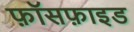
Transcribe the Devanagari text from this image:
फ़ॉसफ़ाइड